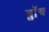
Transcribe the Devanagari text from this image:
ब्लाॅच